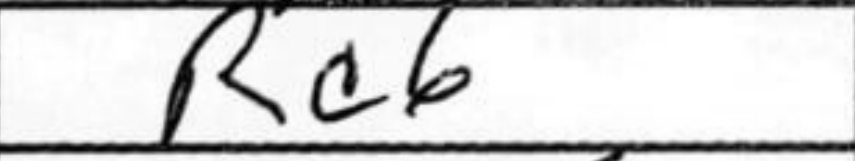
Transcription: Rc6